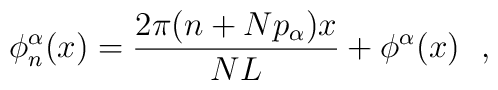
\phi_n^\alpha(x)=\frac{2\pi (n+Np_\alpha) x}{NL} +\phi^\alpha(x)\ \ ,